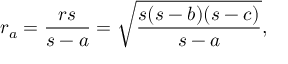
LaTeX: r _ { a } = { \frac { r s } { s - a } } = { \sqrt { \frac { s ( s - b ) ( s - c ) } { s - a } } } ,